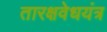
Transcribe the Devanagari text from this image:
तारक्षवेधयंत्र